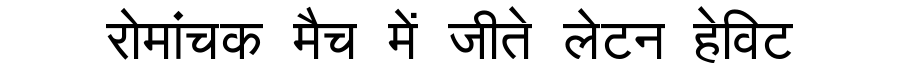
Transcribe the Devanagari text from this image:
रोमांचक मैच में जीते लेटन हेविट